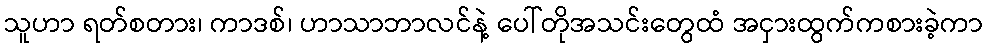
သူဟာ ရတ်စတား၊ ကာဒစ်၊ ဟာသာဘာလင်နဲ့ ပေါ်တိုအသင်းတွေထံ အငှားထွက်ကစားခဲ့ကာ